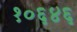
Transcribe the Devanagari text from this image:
१०६४६